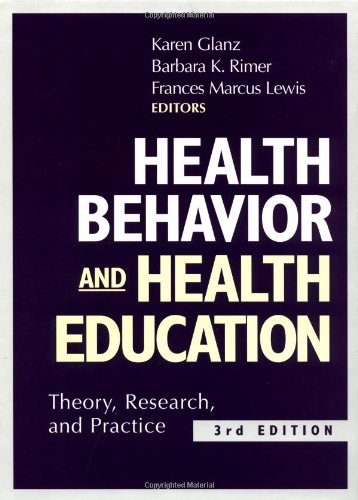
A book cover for Health Behavior and Health Education: Theory, Research, and Practice; Medical Books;